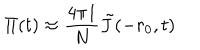
LaTeX: \Pi ( t ) \approx { \frac { 4 \pi I } { N } } \tilde { J } ( - r _ { 0 } , t )